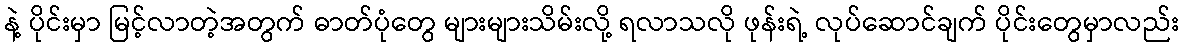
နဲ့ ပိုင်းမှာ မြင့်လာတဲ့အတွက် ဓာတ်ပုံတွေ များများသိမ်းလို့ ရလာသလို ဖုန်းရဲ့ လုပ်ဆောင်ချက် ပိုင်းတွေမှာလည်း